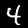
Digit: 4